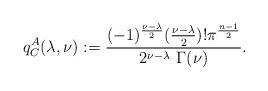
LaTeX: \begin{align*}q_C^A(\lambda, \nu):= \frac{(-1)^{\frac {\nu-\lambda}{2}} (\frac {\nu-\lambda}{2})! \pi^{\frac{n-1}{2}}} {2^{\nu-\lambda} \ \Gamma(\nu)}. \end{align*}